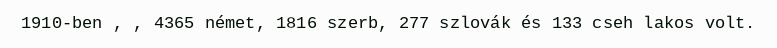
1910-ben , , 4365 német, 1816 szerb, 277 szlovák és 133 cseh lakos volt.